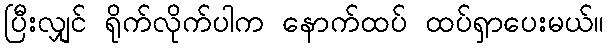
ပြီးလျှင် ရိုက်လိုက်ပါက နောက်ထပ် ထပ်ရှာပေးမယ်။